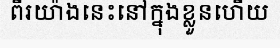
ពីរយ៉ាងនេះនៅក្នុងខ្លួនហើយ